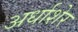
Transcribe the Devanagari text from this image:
अर्धाशेर